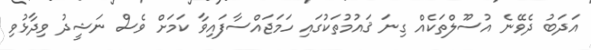
އަދަބު ދެވޭނެ އުސޫލްތަކެއް ގިނަ ޤައުމުތަކުގައި ހަމަޖައްސާފައިވާ ކަމަށް ވެސް ނަޝީދު ވިދާޅުވި